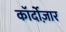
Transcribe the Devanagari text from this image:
कॉर्दोज़ार